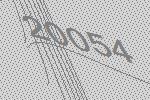
20054